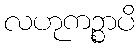
လဟုကဉ္စာပိ